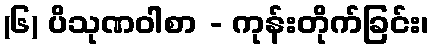
(၆) ပိသုဏဝါစာ - ကုန်းတိုက်ခြင်း၊